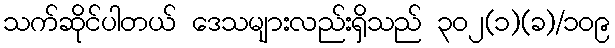
သက်ဆိုင်ပါတယ် ဒေသများလည်းရှိသည် ၃၀၂(၁)(ခ)/၁၀၉